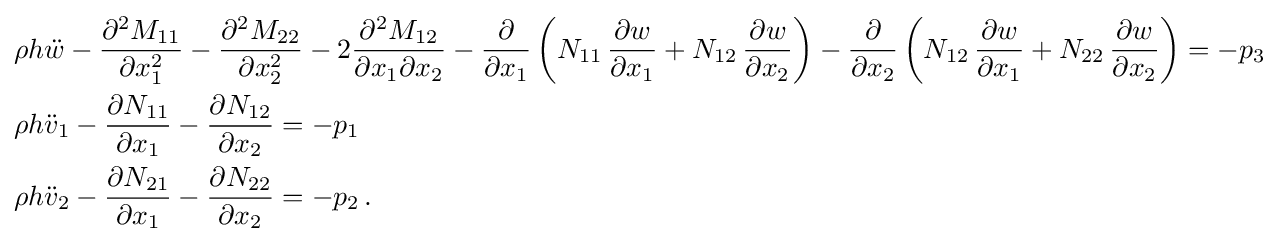
{\begin{aligned}&\rho h{\ddot {w}}-{\frac {\partial ^{2}M_{11}}{\partial x_{1}^{2}}}-{\frac {\partial ^{2}M_{22}}{\partial x_{2}^{2}}}-2{\frac {\partial ^{2}M_{12}}{\partial x_{1}\partial x_{2}}}-{\frac {\partial }{\partial x_{1}}}\left(N_{11}\,{\frac {\partial w}{\partial x_{1}}}+N_{12}\,{\frac {\partial w}{\partial x_{2}}}\right)-{\frac {\partial }{\partial x_{2}}}\left(N_{12}\,{\frac {\partial w}{\partial x_{1}}}+N_{22}\,{\frac {\partial w}{\partial x_{2}}}\right)=-p_{3}\\&\rho h{\ddot {v}}_{1}-{\frac {\partial N_{11}}{\partial x_{1}}}-{\frac {\partial N_{12}}{\partial x_{2}}}=-p_{1}\\&\rho h{\ddot {v}}_{2}-{\frac {\partial N_{21}}{\partial x_{1}}}-{\frac {\partial N_{22}}{\partial x_{2}}}=-p_{2}\,.\end{aligned}}